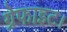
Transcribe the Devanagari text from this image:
ग्रेफाइट।